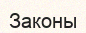
Законы